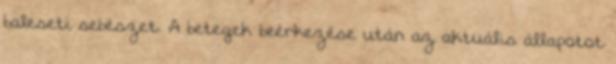
baleseti sebészet. A betegek beérkezése után az aktuális állapotot